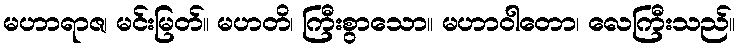
မဟာရာဇ၊ မင်းမြတ်။ မဟတိ၊ ကြီးစွာသော။ မဟာဝါတော၊ လေကြီးသည်။